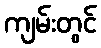
ကျမ်းတွင်